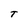
Character: T